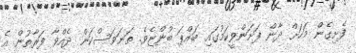
ފެށިގެން މަހަށް ދާން ފަށަންވީކަމުގައި ބައްޕަ ބުންޏެވެ. ތަނަވަސްކަން ދެއްވާ ފަރާތުން އެ